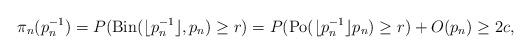
LaTeX: \begin{align*}\pi_n(p_n^{-1})&=P(\mathrm{Bin}(\lfloor p_n^{-1}\rfloor,p_n)\geq r)=P(\mathrm{Po}(\lfloor p_n^{-1}\rfloor p_n)\geq r)+O(p_n)\geq 2c,\end{align*}